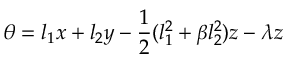
\theta = l _ { 1 } x + l _ { 2 } y - \frac { 1 } { 2 } ( l _ { 1 } ^ { 2 } + \beta l _ { 2 } ^ { 2 } ) z - \lambda z